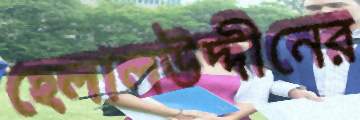
হেলালউদ্দীনের